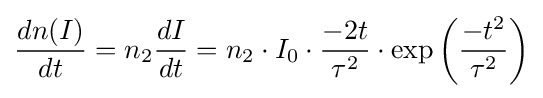
{\frac {dn(I)}{dt}}=n_{2}{\frac {dI}{dt}}=n_{2}\cdot I_{0}\cdot {\frac {-2t}{\tau ^{2}}}\cdot \exp \left({\frac {-t^{2}}{\tau ^{2}}}\right)